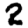
Digit: 2